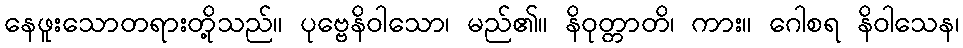
နေဖူးသောတရားတို့သည်။ ပုဗ္ဗေနိဝါသော၊ မည်၏။ နိဝုတ္တာတိ၊ ကား။ ဂေါစရ နိဝါသေန၊